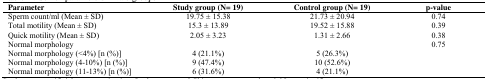
| Parameter | Study group (N= 19) | Control group (N= 19) | p-value |
 | --- | --- | --- | --- |
 | Sperm count/ml (Mean ± SD) | 19.75 ± 15.38 | 21.73 ± 20.94 | 0.74 |
 | Total motility (Mean ± SD) | 15.3 ± 13.89 | 19.52 ± 15.88 | 0.39 |
 | Quick motility (Mean ± SD) | 2.05 ± 3.23 | 1.31 ± 2.66 | 0.38 |
 | Normal morphology |  |  | 0.75 |
 | Normal morphology (<4%) [n (%)] | 4 (21.1%) | 5 (26.3%) |  |
 | Normal morphology (4-10%) [n (%)] | 9 (47.4%) | 10 (52.6%) |  |
 | Normal morphology (11-13%) [n (%)] | 6 (31.6%) | 4 (21.1%) |  |